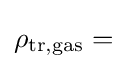
\rho _{\mathrm {tr,gas} }=